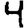
Digit: 4